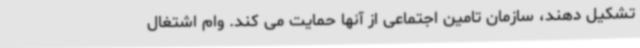
تشکیل دهند، سازمان تامین اجتماعی از آنها حمایت می کند. وام اشتغال